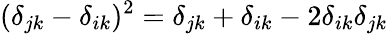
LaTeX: (\delta_{jk}-\delta_{ik})^{2}=\delta_{jk}+\delta_{ik}-2\delta_{ik}\delta_{jk}